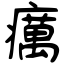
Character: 癘